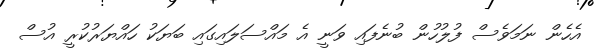
އެހެން ނަމަވެސް ފުލުހުން ބުނެފައި ވަނީ އެ މައްސަލައިގައި ބަޔަކު ހައްޔަރުކުރީ އުސް